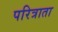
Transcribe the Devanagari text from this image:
परित्राता